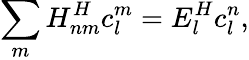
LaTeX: \sum_{m}{H_{nm}^{H}}c_{l}^{m}=E_{l}^{H}c_{l}^{n},